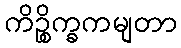
ကိဉ္စိက္ခကမျတာ